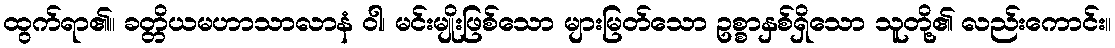
ထွက်ရာ၏။ ခတ္တိယမဟာသာလာနံ ဝါ၊ မင်းမျိုးဖြစ်သော များမြတ်သော ဥစ္စာနှစ်ရှိသော သူတို့၏ လည်းကောင်း။